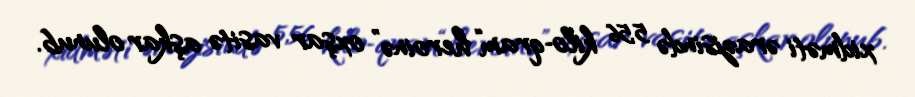
xidməti ərazisində 5,56 kilo­qram“heroinə” oxşar vasitə aşkar olunub.